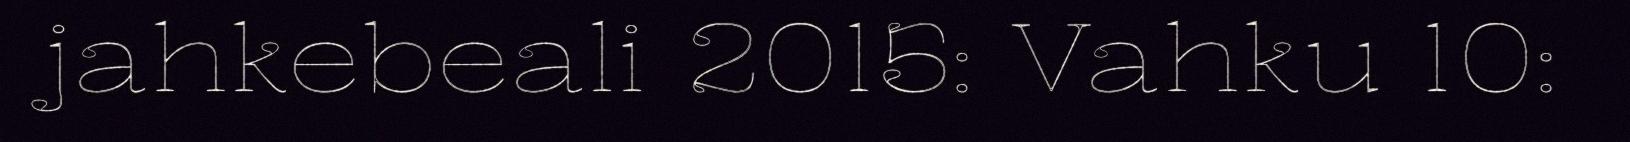
jahkebeali 2015: Vahku 10: